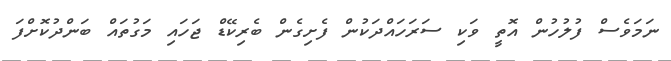
ނަމަވެސް ފުލުހުން އޮތީ ވަކި ސަރަހައްދަކުން ފެށިގެން ބެރިކޭޑް ޖަހައި މަގުތައް ބަންދުކޮށްފަ